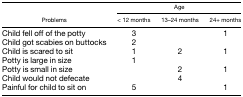
<table><thead><tr><td rowspan="2"><b>Problems</b></td><td colspan="3"><b>Age</b></td></tr><tr><td><b>&lt; 12 months</b></td><td><b>13–24 months</b></td><td><b>24+ months</b></td></tr></thead><tbody><tr><td>Child fell off of the potty</td><td>3</td><td></td><td>1</td></tr><tr><td>Child got scabies on buttocks</td><td>2</td><td></td><td></td></tr><tr><td>Child is scared to sit</td><td>1</td><td>2</td><td>1</td></tr><tr><td>Potty is large in size</td><td>1</td><td></td><td></td></tr><tr><td>Potty is small in size</td><td></td><td>2</td><td>1</td></tr><tr><td>Child would not defecate</td><td></td><td>4</td><td></td></tr><tr><td>Painful for child to sit on</td><td>5</td><td></td><td>1</td></tr></tbody></table>